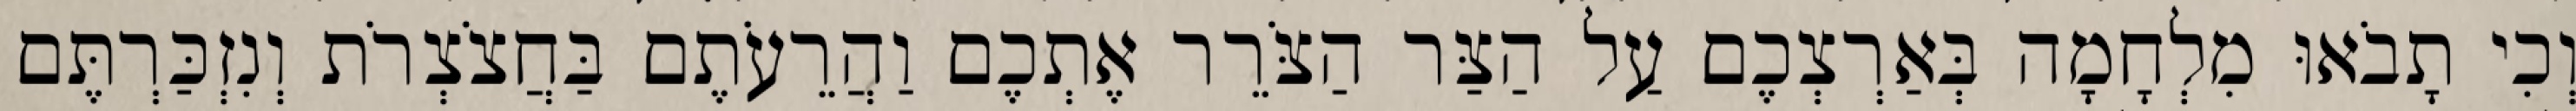
וְכִי תָבֹאוּ מִלְחָמָה בְּאַרְצְכֶם עַל הַצַּר הַצֹּרֵר אֶתְכֶם וַהֲרֵעֹתֶם בַּחֲצֹצְרֹת וְנִזְכַּרְתֶּם